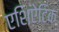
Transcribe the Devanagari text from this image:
एशिऐटिक